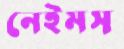
নেইমস